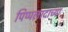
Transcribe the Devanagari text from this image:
पिप्पलादाच्या